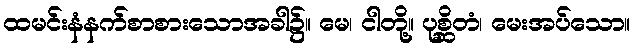
ထမင်းနံနက်စာစားသောအခါ၌။ မေ၊ ငါတို့။ ပုစ္ဆိတံ၊ မေးအပ်သော။